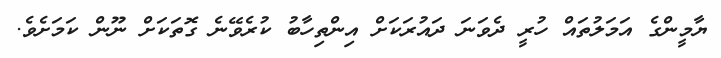
ޔާމީންގެ އަމަލުތައް ހުރީ ދެވަނަ ދައުރަކަށް އިންތިހާބު ކުރެވޭނެ ގޮތަކަށް ނޫން ކަމަށެވެ.